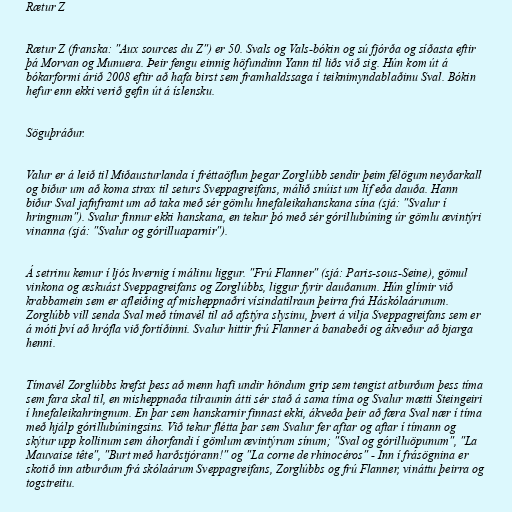
Rætur Z

Rætur Z (franska: "Aux sources du Z") er 50. Svals og Vals-bókin og sú fjórða og síðasta eftir
þá Morvan og Munuera. Þeir fengu einnig höfundinn Yann til liðs við sig. Hún kom út á
bókarformi árið 2008 eftir að hafa birst sem framhaldssaga í teiknimyndablaðinu Sval. Bókin
hefur enn ekki verið gefin út á íslensku.

Söguþráður.

Valur er á leið til Miðausturlanda í fréttaöflun þegar Zorglúbb sendir þeim félögum neyðarkall
og biður um að koma strax til seturs Sveppagreifans, málið snúist um líf eða dauða. Hann
biður Sval jafnframt um að taka með sér gömlu hnefaleikahanskana sína (sjá: "Svalur í
hringnum"). Svalur finnur ekki hanskana, en tekur þó með sér górillubúning úr gömlu ævintýri
vinanna (sjá: "Svalur og górilluaparnir").

Á setrinu kemur í ljós hvernig í málinu liggur. "Frú Flanner" (sjá: Paris-sous-Seine), gömul
vinkona og æskuást Sveppagreifans og Zorglúbbs, liggur fyrir dauðanum. Hún glímir við
krabbamein sem er afleiðing af misheppnaðri vísindatilraun þeirra frá Háskólaárunum.
Zorglúbb vill senda Sval með tímavél til að afstýra slysinu, þvert á vilja Sveppagreifans sem er
á móti því að hrófla við fortíðinni. Svalur hittir frú Flanner á banabeði og ákveður að bjarga
henni.

Tímavél Zorglúbbs krefst þess að menn hafi undir höndum grip sem tengist atburðum þess tíma
sem fara skal til, en misheppnaða tilraunin átti sér stað á sama tíma og Svalur mætti Steingeiri
í hnefaleikahringnum. En þar sem hanskarnir finnast ekki, ákveða þeir að færa Sval nær í tíma
með hjálp górillubúningsins. Við tekur flétta þar sem Svalur fer aftar og aftar í tímann og
skýtur upp kollinum sem áhorfandi í gömlum ævintýrum sínum; "Sval og górilluöpunum", "La
Mauvaise tête", "Burt með harðstjórann!" og "La corne de rhinocéros" - Inn í frásögnina er
skotið inn atburðum frá skólaárum Sveppagreifans, Zorglúbbs og frú Flanner, vináttu þeirra og
togstreitu.